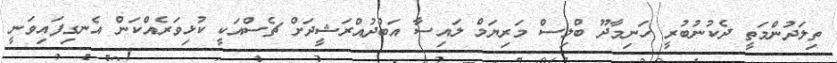
ތިލަދުންމަތީ ދެކުނުބުރީ ހަނިމާދޫ ބްލިސް މަރިޔަމް ލައިސާ އަބްދުއްރަޝީދަށް ޗެސްއަކީ ކުޅިވަރެއްކަން އެނގިފައިވަނީ